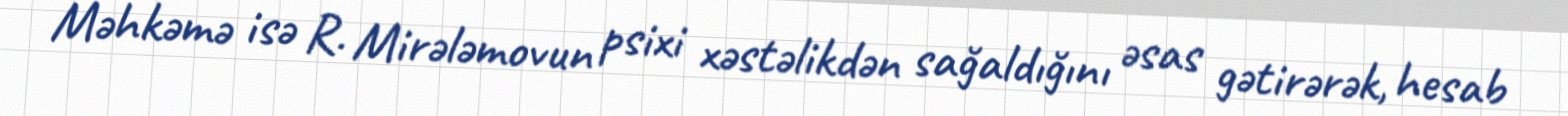
Məhkəmə isə R. Mirələmovun psixi xəstəlikdən sağaldığını əsas gətirərək, hesab